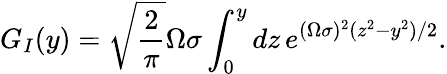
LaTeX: G_{I}(y)=\sqrt{\frac{2}{\pi}}\Omega\sigma\int_{0}^{y}dz\, e^{(\Omega\sigma)^{2}(z^{2}-y^{2})/2}.